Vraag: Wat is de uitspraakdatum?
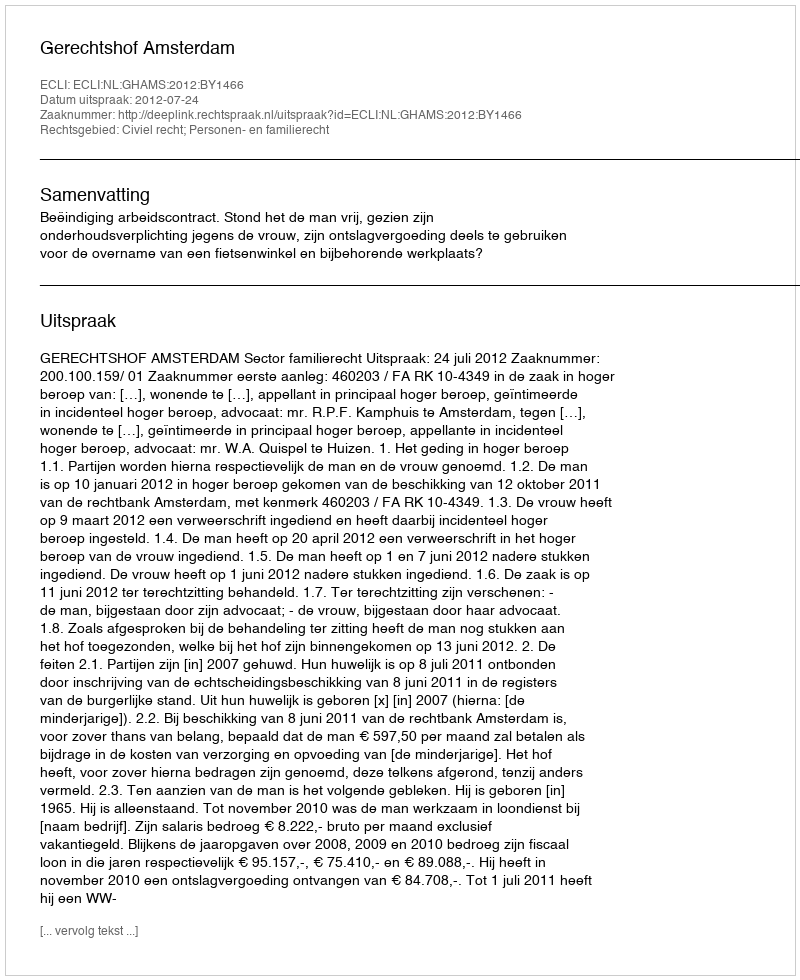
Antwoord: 2012-07-24